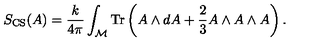
S _ { \mathrm { C S } } ( A ) = { \frac { k } { 4 \pi } } \int _ { \cal M } \mathrm { T r } \left( A \wedge d A + { \frac { 2 } { 3 } } A \wedge A \wedge A \right) .